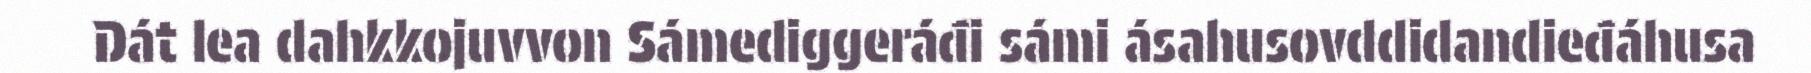
Dát lea dahkkojuvvon Sámediggeráđi sámi ásahusovddidandieđáhusa